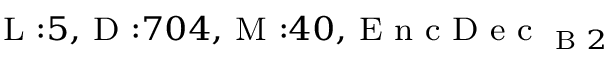
_ { \textrm { L } : 5 , \textrm { D } : 7 0 4 , \textrm { M } : 4 0 , \textrm { E n c D e c } _ { \textrm { B } 2 } }